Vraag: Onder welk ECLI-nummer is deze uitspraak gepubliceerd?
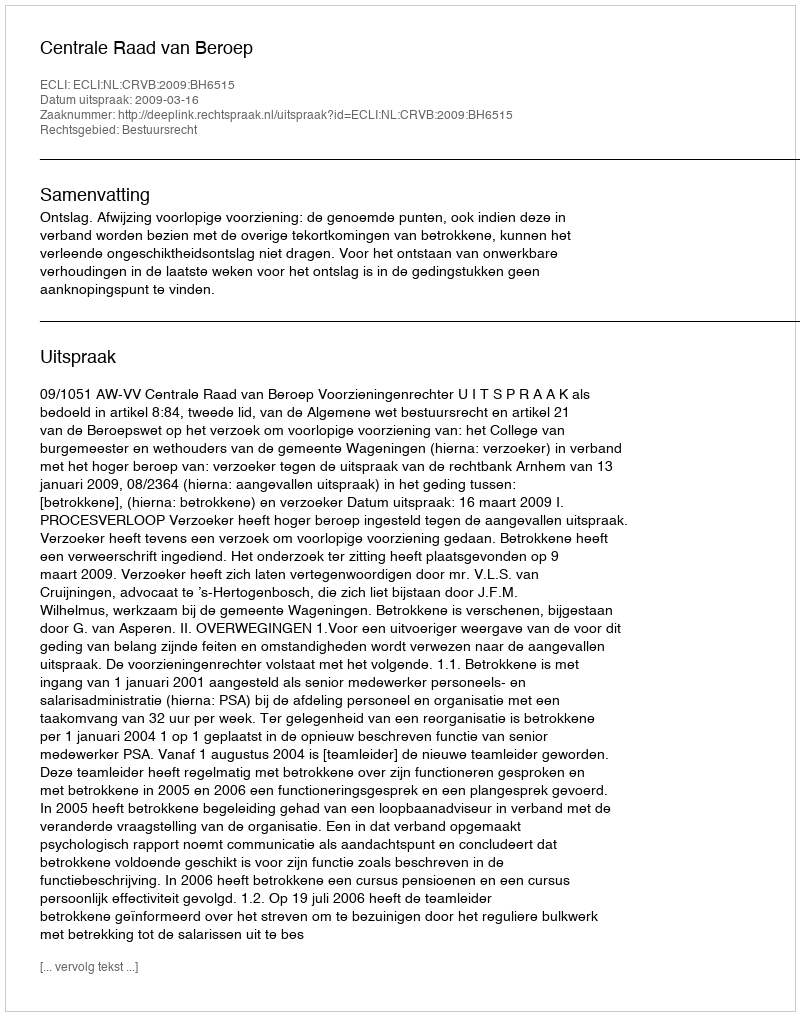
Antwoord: ECLI:NL:CRVB:2009:BH6515